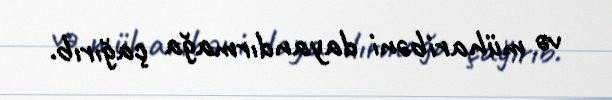
və müharibəni dayandırmağa çağırıb.